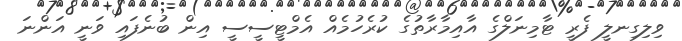
ވިލިގިނލީ ފެރީ ޓާމިނަލްގެ އާއިމާރާތުގެ ކުރެހުމެއް އެމްޓީސީސީ އިން ބުނެފައި ވަނީ އަންނަ